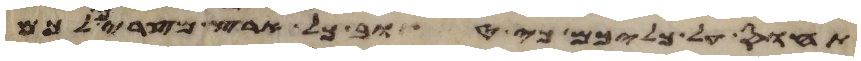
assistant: תחוס על כליכם כי טוב כל ארץ מצרים לכם